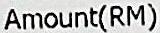
AMOUNT(RM)